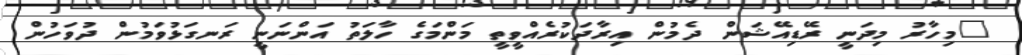
"މިހާރު މިދަނީ ރޭޑިއޭޝަން ދެމުން އިރާދަކުރެއްވީތީ މަންމަގެ ހާލަތު އަންނަނީ ރަނގަޅުވަމުން ދުވަހުން